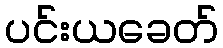
ပင်းယခေတ်